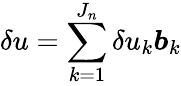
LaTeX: \delta u=\sum_{k=1}^{J_{n}}\delta u_{k}\boldsymbol{b}_{k}